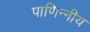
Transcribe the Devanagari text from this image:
पाणिन्नीय